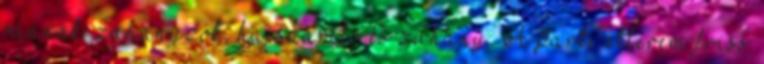
vannak: zuhanyzók, hajszárító és zuhany. A parti étterem friss